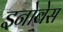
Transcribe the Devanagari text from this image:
इनोबेस